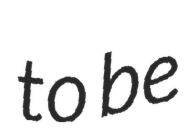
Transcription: to be